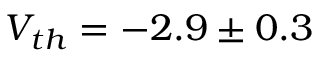
V _ { t h } = - 2 . 9 \pm 0 . 3